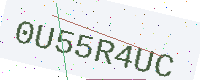
Text: 0U55R4UC